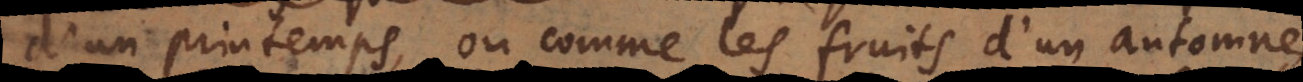
d’un printemps ou comme les fruits d’un automne,